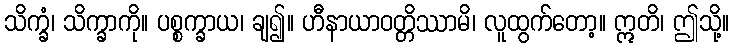
သိက္ခံ၊ သိက္ခာကို။ ပစ္စက္ခာယ၊ ချ၍။ ဟီနာယာဝတ္တိဿာမိ၊ လူထွက်တော့။ ဣတိ၊ ဤသို့။